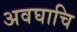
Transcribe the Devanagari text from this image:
अवघाचि